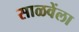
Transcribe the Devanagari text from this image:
साळवेंला